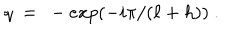
LaTeX: q ~ = ~ - e x p ( - i \pi / ( \ell + h ) ) \ .